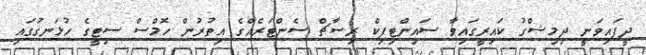
ދީފައިވަނީ ދިމިޝްގު ކައިރީގައިވާ ސައިންޓިފިކް ރިސާޗް ސެންޓަރެއްގެ އިތުރުން ހޮމްސް ސިޓީގެ ހުޅަނގުގައި